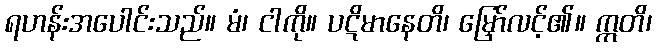
ရဟန်းအပေါင်းသည်။ မံ၊ ငါကို။ ပဋိမာနေတိ၊ မြှော်လင့်၏။ ဣတိ၊